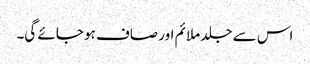
اس سے جلد ملائم اور صاف ہو جائے گی۔